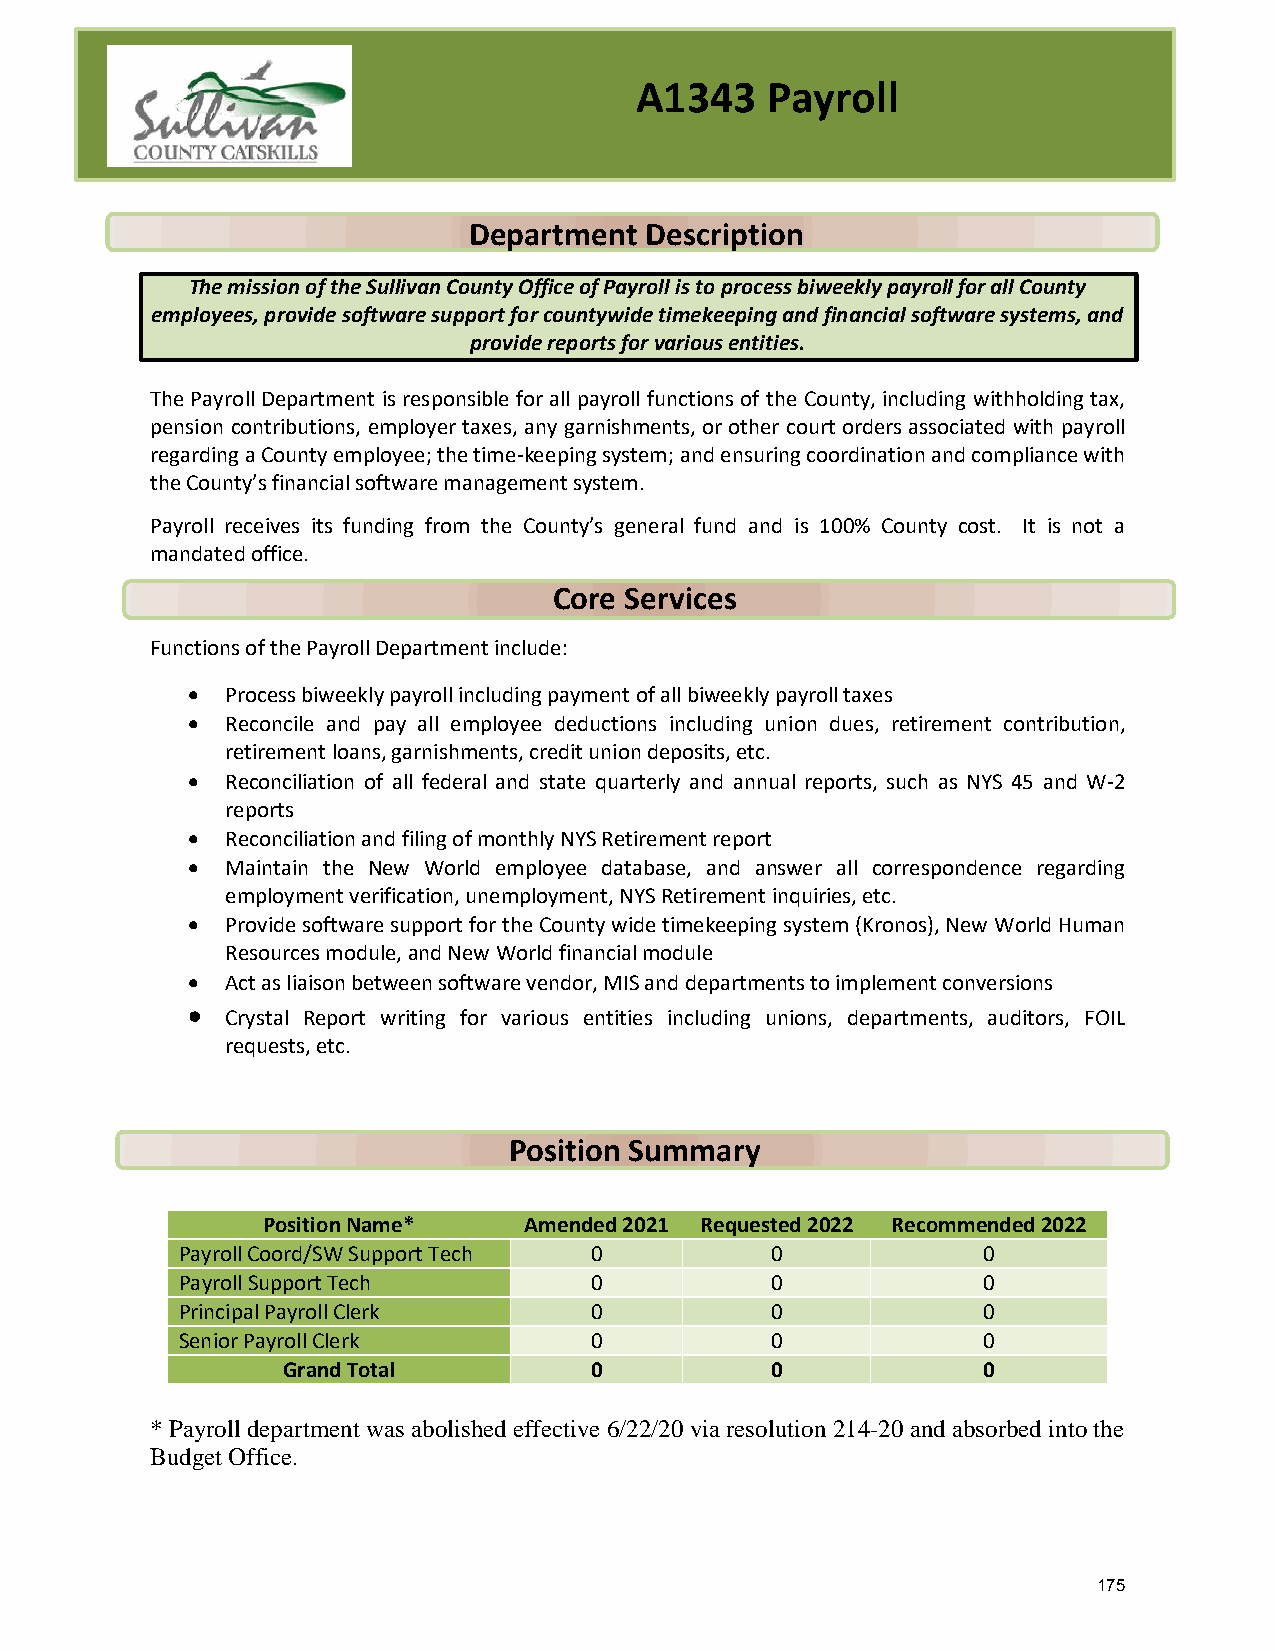
A1343    Payroll
 Department  Description
 The mission of the Sullivan County Office of Payroll is to process biweekly payroll for all County
 employees, provide software support for countywide timekeeping and financial software systems, and
 provide reports for various entities.
 The Payroll Department is responsible for all payroll functions of the County, including withholding tax,
 pension contributions, employer taxes, any garnishments, or other court orders associated with payroll
 regarding a County employee; the time-keeping system; and ensuring coordination and compliance with
 the County’s financial software management system.
 Payroll receives its funding from the County’s general fund and is 100% County cost. It is not a
 mandated office.
 Core Services
 Functions of the Payroll Department include:
 •  Process biweekly payroll including payment of all biweekly payroll taxes
 •  Reconcile and pay all employee deductions including union dues, retirement contribution,
 retirement loans, garnishments, credit union deposits, etc.
 •  Reconciliation of all federal and state quarterly and annual reports, such as NYS 45 and W-2
 reports
 •  Reconciliation and filing of monthly NYS Retirement report
 •  Maintain the New World employee database, and answer all correspondence regarding
 employment verification, unemployment, NYS Retirement inquiries, etc.
 •  Provide software support for the County wide timekeeping system (Kronos), New World Human
 Resources module, and New World financial module
 •  Act as liaison between software vendor, MIS and departments to implement conversions
 •
 Crystal Report writing for various entities including unions, departments, auditors, FOIL
 requests, etc.
 Position Summary
 Position Name*    Amended 2021 Requested 2022 Recommended 2022
 Payroll Coord/SW Support Tech 0        0             0
 Payroll Support Tech       0           0             0
 Principal Payroll Clerk    0           0             0
 Senior Payroll Clerk       0           0             0
 Grand Total         0           0             0
 * Payroll department was abolished effective 6/22/20 via resolution 214-20 and absorbed into the
 Budget Office.
 175